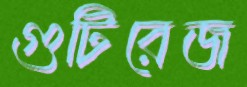
গুটিরেজ